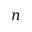
\boldsymbol { n }